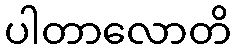
ပါတာလောတိ